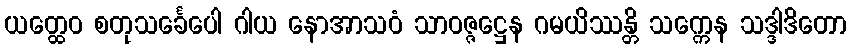
ယတ္ထေဝ စတုသင်္ခေပေါ ဂါယ နောအာသဝံ သာဝဇ္ဇဋ္ဌေန ဂမယိဿန္တိ သက္ကေန သဒ္ဒါဒိတော